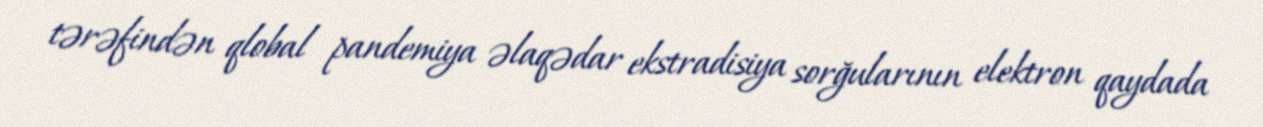
tərəfindən qlobal pandemiya əlaqədar ekstradisiya sorğularının elektron qaydada